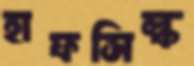
হাফসিল্ক